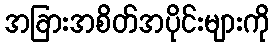
အခြားအစိတ်အပိုင်းများကို